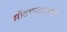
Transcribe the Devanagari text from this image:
गोंदण्यासाठी